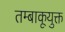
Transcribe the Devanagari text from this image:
तम्बाकूयुक्त